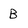
Character: B